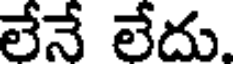
లేనే లేదు.